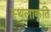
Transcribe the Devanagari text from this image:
स्‍थलाकृति